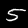
Label: 5